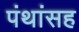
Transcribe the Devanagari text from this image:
पंथांसह